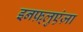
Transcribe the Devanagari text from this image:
इनफ़्लुएंज़ा